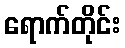
ရောက်တိုင်း